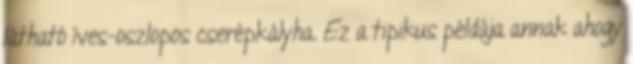
látható íves-oszlopos cserépkályha. Ez a tipikus példája annak ahogy